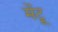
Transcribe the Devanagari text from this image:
मेंटू